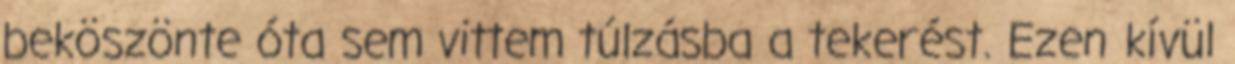
beköszönte óta sem vittem túlzásba a tekerést. Ezen kívül